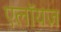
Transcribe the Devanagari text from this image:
एलॉयज़